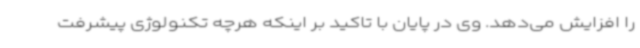
را افزایش می‌دهد. وی در پایان با تاکید بر اینکه هرچه تکنولوژی پیشرفت